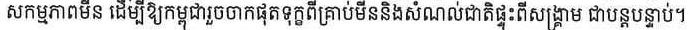
សកម្មភាពមិន ដើម្បីឲ្យកម្ពុជារួចចាកផុតទុក្ខពីគ្រាប់មីននិងសំណល់ជាតិផ្ទុះពីសង្គ្រាម ជាបន្ទាប់